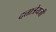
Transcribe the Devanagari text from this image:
दत्तात्रेयजी